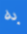
به